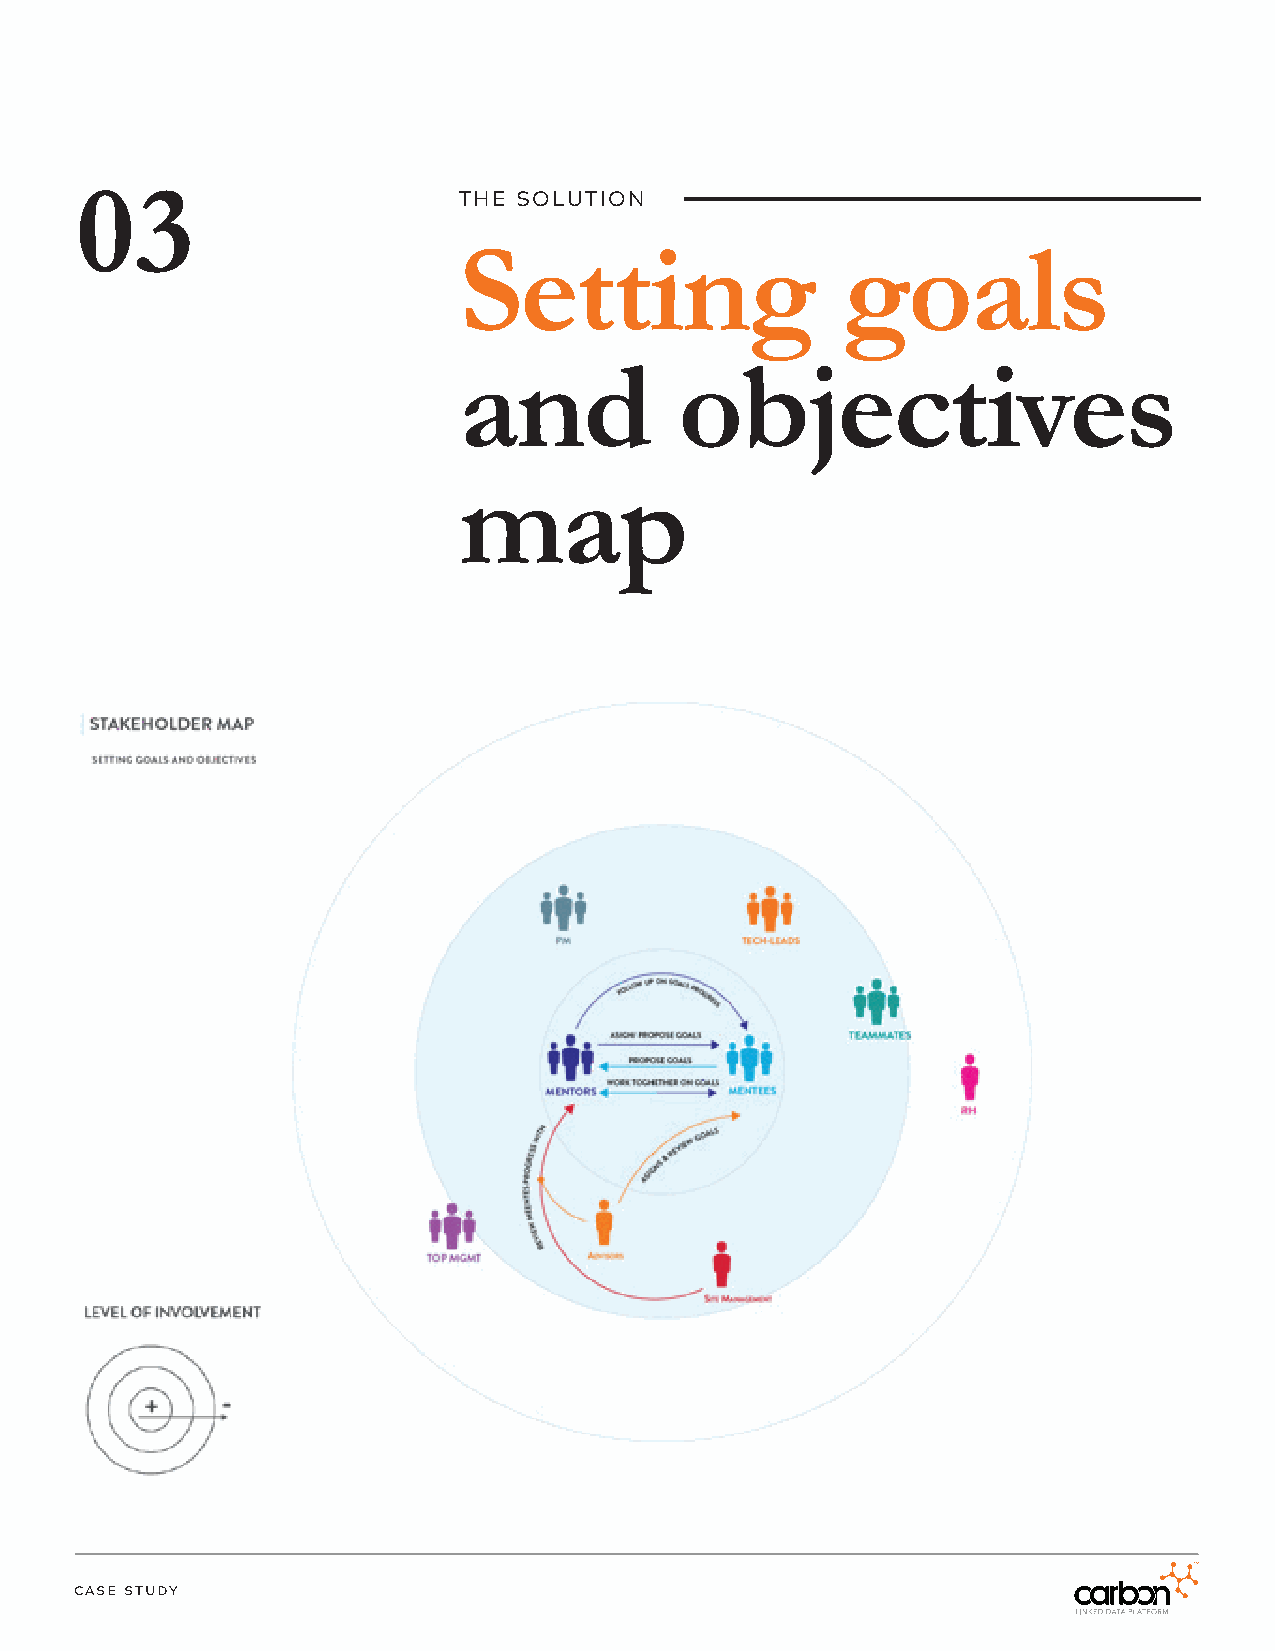
03                       THE SOLUTION
 Setting                   goals
 and            objectives
 map
 case study